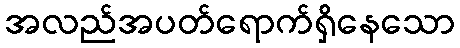
အလည်အပတ်ရောက်ရှိနေသော